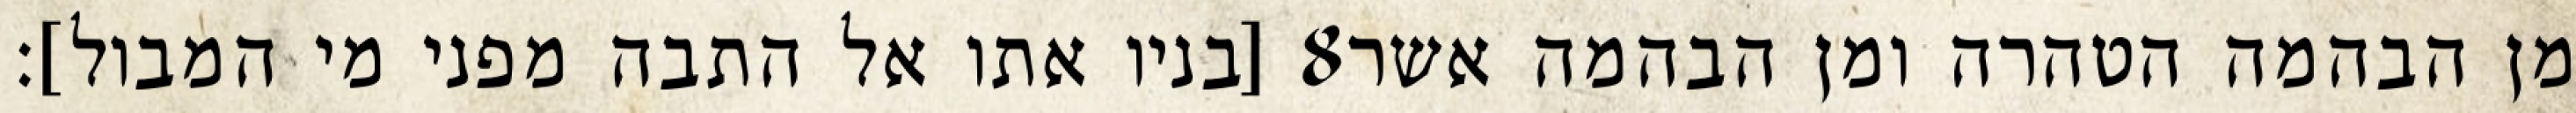
[בניו אתו אל התבה מפני מי המבול]׃ ‎8‏ מן הבהמה הטהרה ומן הבהמה אשר